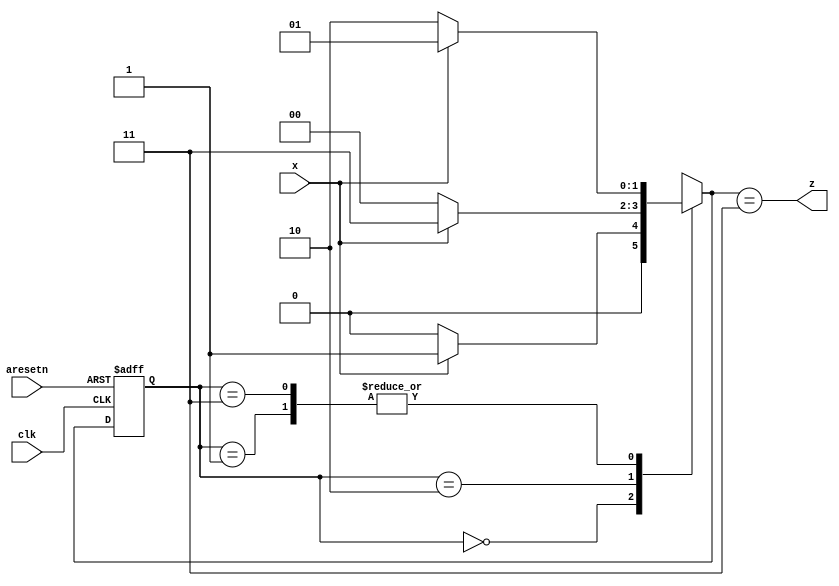
//2022_11_9 kerong
//Design a Mealy FSM
module top_module (
    input clk,
    input aresetn,    // Asynchronous active-low reset
    input x,
    output z ); 

    reg [1:0] state, next_state;

    parameter   S0 = 2'b00;
    parameter   S1 = 2'b01;
    parameter   S2 = 2'b10;
    parameter   S3 = 2'b11;

    always @(posedge clk, negedge aresetn) begin
        if(!aresetn)begin
            state <= S0;
        end
        else begin
            state <= next_state;
        end
    end

    always @(*) begin
        case(state)
            S0 : next_state = x ? S1 : S0;
            S1 : next_state = x ? S1 : S2;
            S2 : next_state = x ? S3 : S0;
            S3 : next_state = x ? S1 : S2;
        endcase
    end

    assign z = (next_state == S3);

endmodule